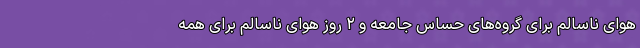
هوای ناسالم برای گروه‌های حساس جامعه و ۲ روز هوای ناسالم برای همه